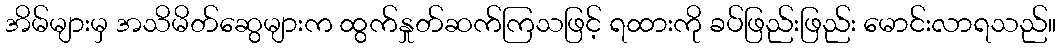
အိမ်များမှ အသိမိတ်ဆွေများက ထွက်နှုတ်ဆက်ကြသဖြင့် ရထားကို ခပ်ဖြည်းဖြည်း မောင်းလာရသည်။